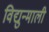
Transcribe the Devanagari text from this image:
विद्युन्माली